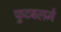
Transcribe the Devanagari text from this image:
फुटबलमे